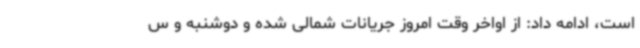
است، ادامه داد: از اواخر وقت امروز جریانات شمالی شده و دوشنبه و س